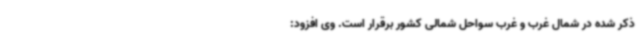
ذکر شده در شمال غرب و غرب سواحل شمالی کشور برقرار است. وی افزود: